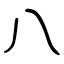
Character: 八